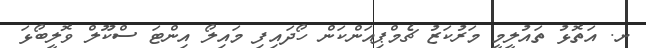
ށ. އަތޮޅު ތައުލީމީ މަރުކަޒު ޗެމްޕިއަންކަން ހޯދައިފި މައިލޯ އިންޓަ ސްކޫލް ވޮލީބޯޅަ